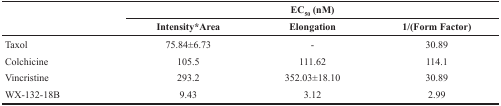
<table><thead><tr><td rowspan="2"></td><td colspan="3"><b>EC<sub>50</sub> (nM)</b></td></tr><tr><td><b>Intensity*Area</b></td><td><b>Elongation</b></td><td><b>1/(Form Factor)</b></td></tr></thead><tbody><tr><td>Taxol</td><td>75.84±6.73</td><td>-</td><td>30.89</td></tr><tr><td>Colchicine</td><td>105.5</td><td>111.62</td><td>114.1</td></tr><tr><td>Vincristine</td><td>293.2</td><td>352.03±18.10</td><td>30.89</td></tr><tr><td>WX-132-18B</td><td>9.43</td><td>3.12</td><td>2.99</td></tr></tbody></table>